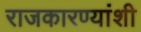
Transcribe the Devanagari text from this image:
राजकारण्यांशी